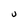
Character: U